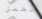
محمل